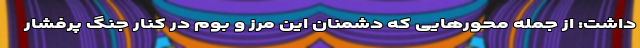
داشت: از جمله محورهایی که دشمنان این مرز و بوم در کنار جنگ پرفشار